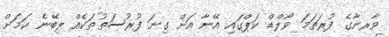
ވާރނާގެ ފުރަތަމަ ވޯލްޑް ކަޕްގައި އޭނާ އަށް ގިނަ ފުރުސަތުތަކެއް ލިބޭނެ ކަމަށް